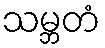
သမ္ဘတံ